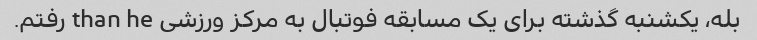
بله، یکشنبه گذشته برای یک مسابقه فوتبال به مرکز ورزشی than he رفتم.